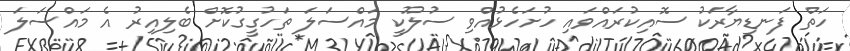
ހަތް ފަނޑިޔާރަކު ސޮއިކުރައްވައި ހުށަހެޅުއްވި ސުލޫކީ މައްސަލަ ތަހުގީގުކޮށް ބެލިއިރު އެ މައްސަލަ